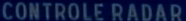
CONTROLE-RADAR